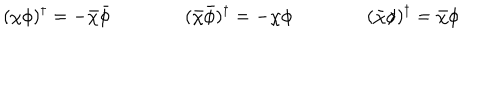
( \chi \phi ) ^ { \dagger } = - \bar { \chi } \bar { \phi } \qquad \qquad ( \bar { \chi } \bar { \phi } ) ^ { \dagger } = - \chi \phi \qquad \qquad ( \bar { \chi } \phi ) ^ { \dagger } = \bar { \chi } \phi